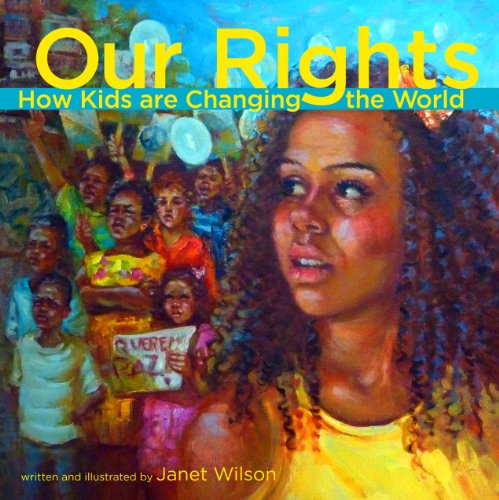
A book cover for Our Rights: How kids are changing the world; Janet Wilson; Children's Books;